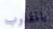
بالمقلوب